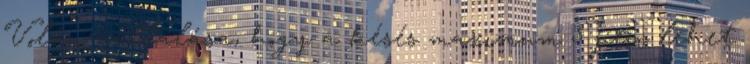
Volán vállalása, hogy a késés maximum 5 perc lehet